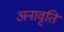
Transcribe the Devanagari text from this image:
अनावृति